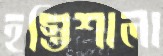
হস্তিশালা